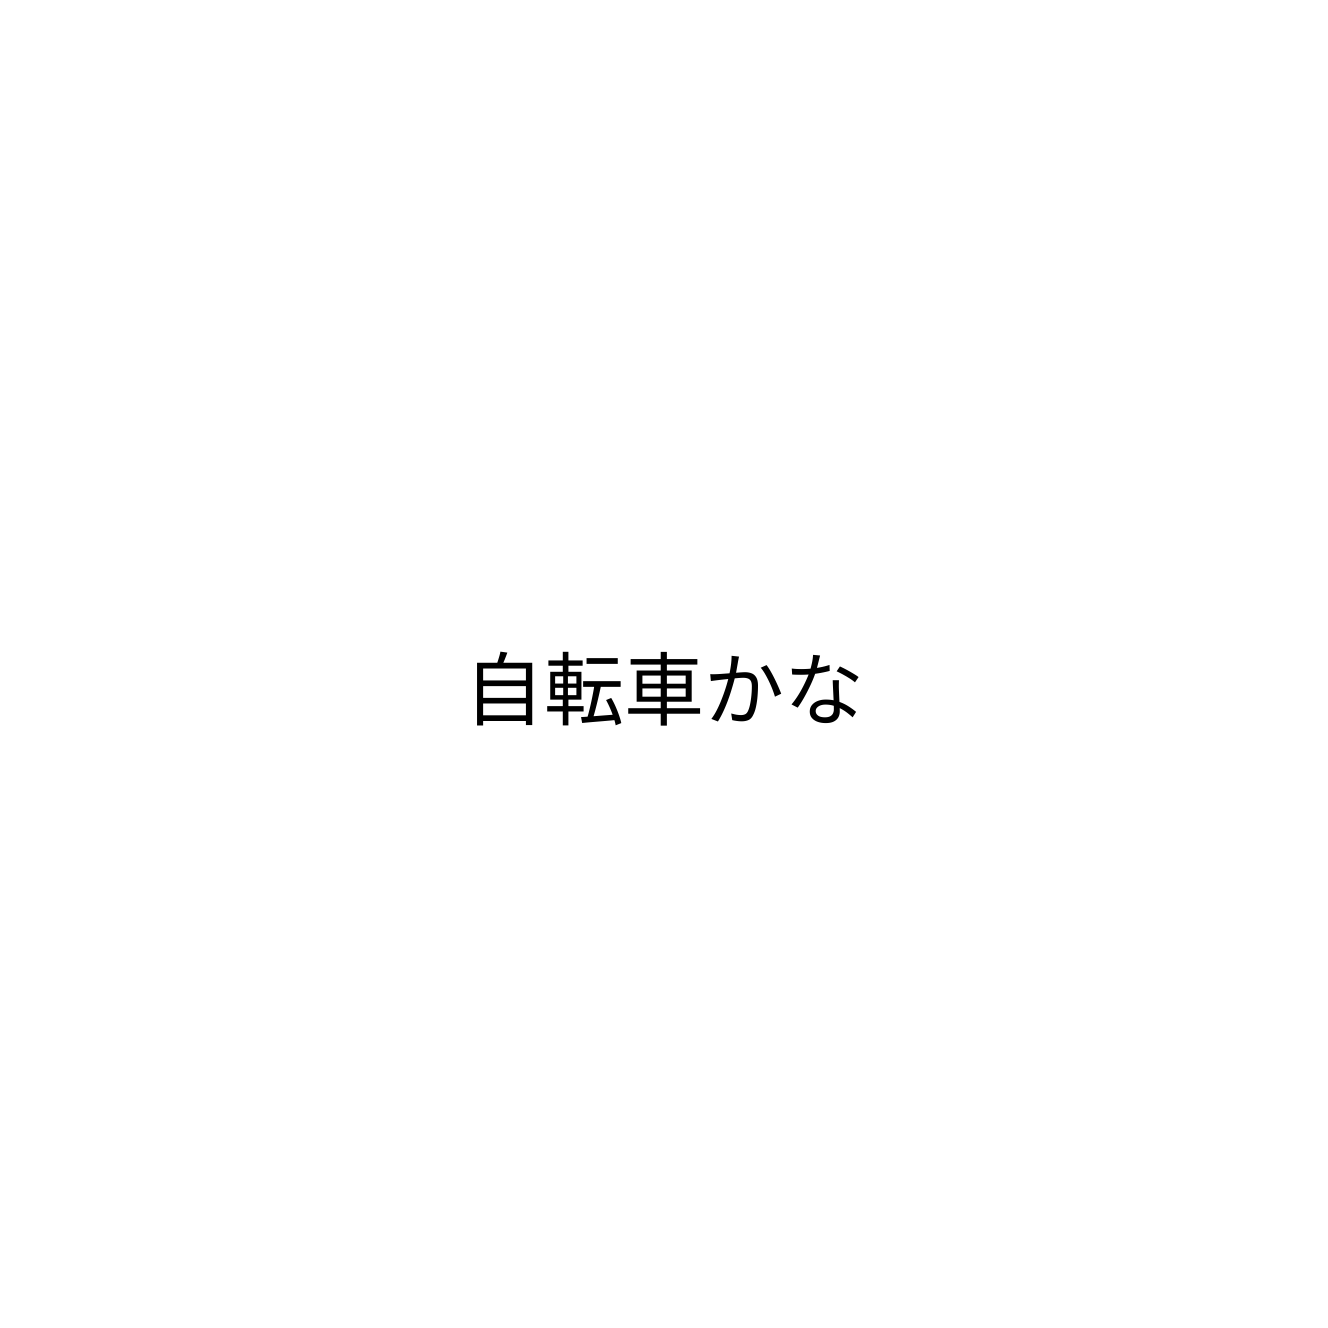
自転車かな